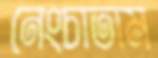
নেংচাতাম